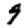
Digit: 9